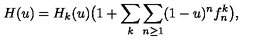
H ( u ) = H _ { k } ( u ) \big ( 1 + \sum _ { k } \sum _ { n \geq 1 } ( 1 - u ) ^ { n } f _ { n } ^ { k } \big ) ,